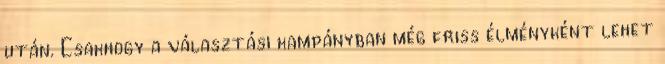
után. Csakhogy a választási kampányban még friss élményként lehet